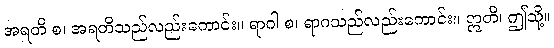
အရတိ စ၊ အရတိသည်လည်းကောင်း။ ရာဂါ စ၊ ရာဂသည်လည်းကောင်း။ ဣတိ၊ ဤသို့။